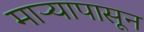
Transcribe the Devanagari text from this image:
माऱ्यापासून